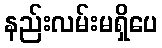
နည်းလမ်းမရှိပေ